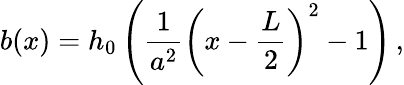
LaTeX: b(x)=h_{0}\left(\frac{1}{a^{2}}\left(x-\frac{L}{2}\right)^{2}-1\right)\, ,